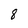
Character: 8